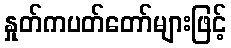
နှုတ်ကပတ်တော်များဖြင့်